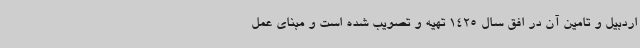
اردبیل و تامین آن در افق سال 1425 تهیه و تصویب شده است و مبنای عمل